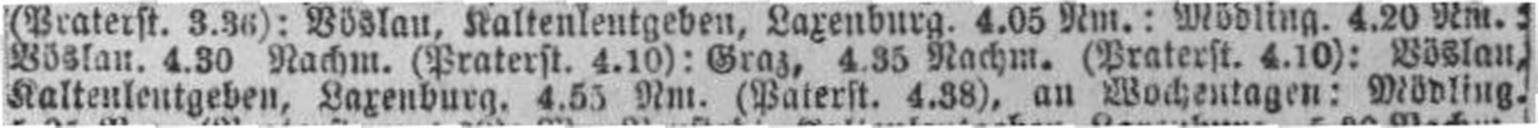
Kaltenleutgeben, Laxenburg. 4.55 Nm. (Paterst. 4.38), an Wochentagen: Mödling.